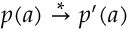
p ( a ) \stackrel { * } { \rightarrow } p ^ { \prime } ( a )